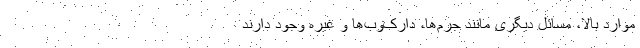
موارد بالا، مسائل دیگری مانند جرم‌ها، دارک‌وب‌ها و غیره وجود دارند